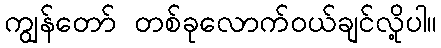
ကျွန်တော် တစ်ခုလောက်ဝယ်ချင်လို့ပါ။